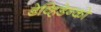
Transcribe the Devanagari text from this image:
डेव्हिडेन्को